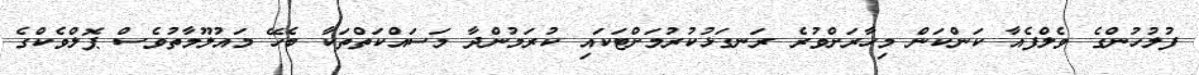
ފުލުހުންގެ ވެލްފެއާ ކަންކަން މިހާރަށްވުރެ ރަނގަޅުކުރުމަށްޓަކައި ކުރަމުންދާ މަސައްކަތްތަކާ ބެހޭ މައުލޫމާތުވެސް ޕޮލްވެކްގެ